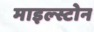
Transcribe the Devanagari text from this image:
माइल्स्टोन